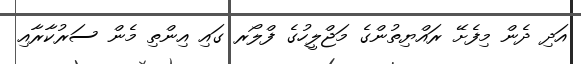
އަދި ދެން މިފެށޭ ރައްޔިތުންގެ މަޖްލީހުގެ ފްލޯރ ގައި އިންތި މެން ސަރުކާރާއި